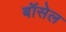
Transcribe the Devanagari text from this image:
बॉसेल